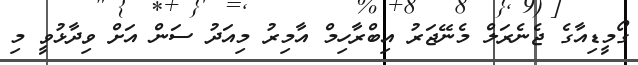
ގޯމީޑިއާގެ ޖެނެރަލް މެނޭޖަރު އިބްރާހިމް އާމިރު މިއަދު ސަން އަށް ވިދާޅުވީ މި